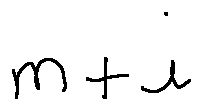
m + i